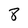
Character: 8